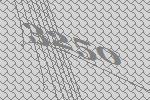
3250